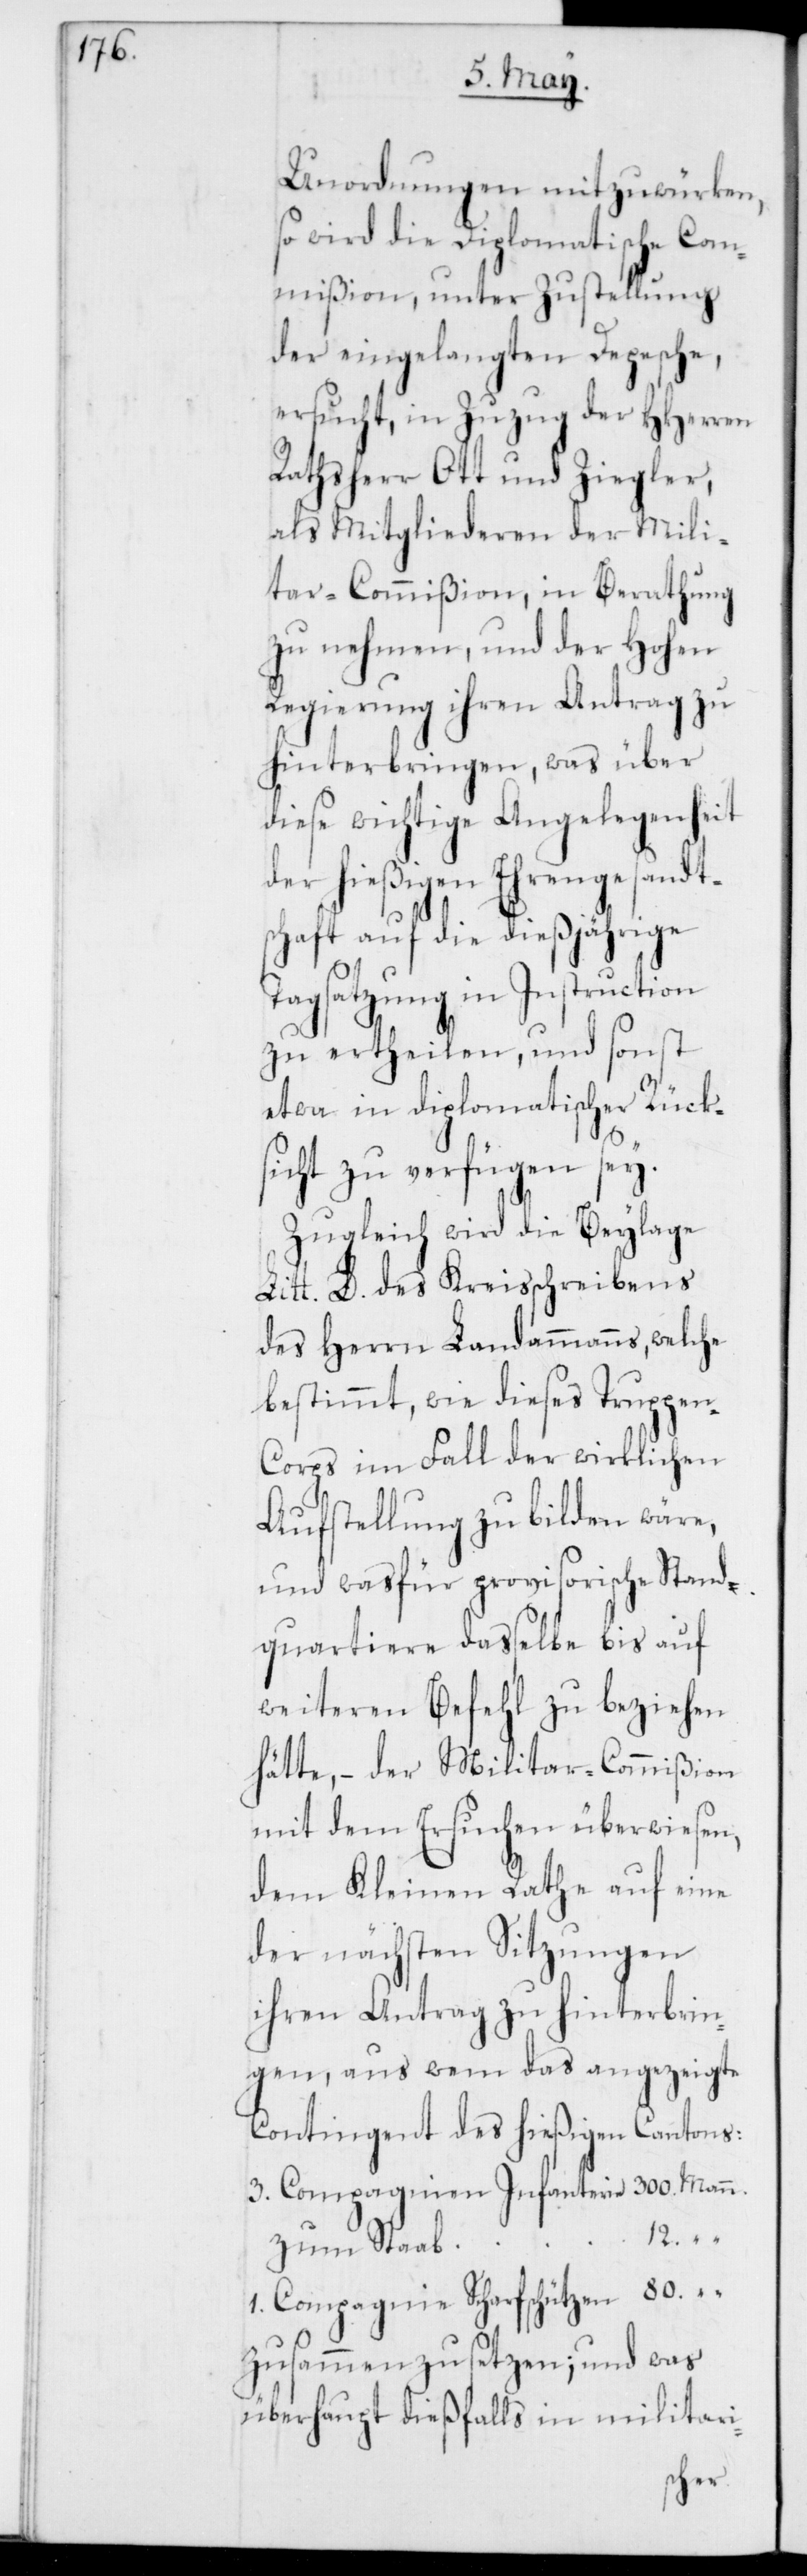
Unordnungen mitzuwürken,
so wird die Diplomatische Com¬
mißion, unter Zustellung
der eingelangten Depesche,
ersucht, in Zuzug der HHerren
Rathsherr Ott und Ziegler,
als Mitgliederen der Mili¬
tair-Commißion, in Berathung
zu nehmen, und der Hohen
Regierung ihren Antrag zu
hinterbringen, was über
diese wichtige Angelegenheit
der hießigen Ehrengesandt¬
schaft auf die dießjährige
Tagsatzung in Instruction
zu ertheilen, und sonst
etwa in diplomatischer Rück¬
sicht zu verfügen sey.
Zugleich wird die Beylage
Litt. D. des Kreisschreibens
des Herrn Landammanns, welche
bestimmt, wie dieses Truppen-C¬
orps im Fall der wirklichen
Aufstellung zu bilden wäre,
und was für provisorische Stand¬
quartiere dasselbe bis auf
weiteren Befehl zu beziehen
hätte, – der Militair-Commißion
mit dem Ersuchen überwiesen,
dem Kleinen Rathe auf eine
der nächsten Sitzungen
ihren Antrag zu hinterbrin¬
gen, aus wem das angezeigte
Contingent des hießigen Cantons:
12.
“
zum Stab
1. Compagnie Scharfschützen
zusammenzusetzen; und was
überhaupt dießfalls in militairi-